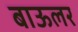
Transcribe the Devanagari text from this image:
बाऊलर